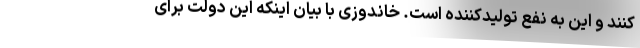
کنند و این به نفع تولیدکننده است. خاندوزی با بیان اینکه این دولت برای